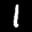
Label: 1